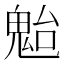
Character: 𩲥